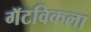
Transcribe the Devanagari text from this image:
गॅटविकला